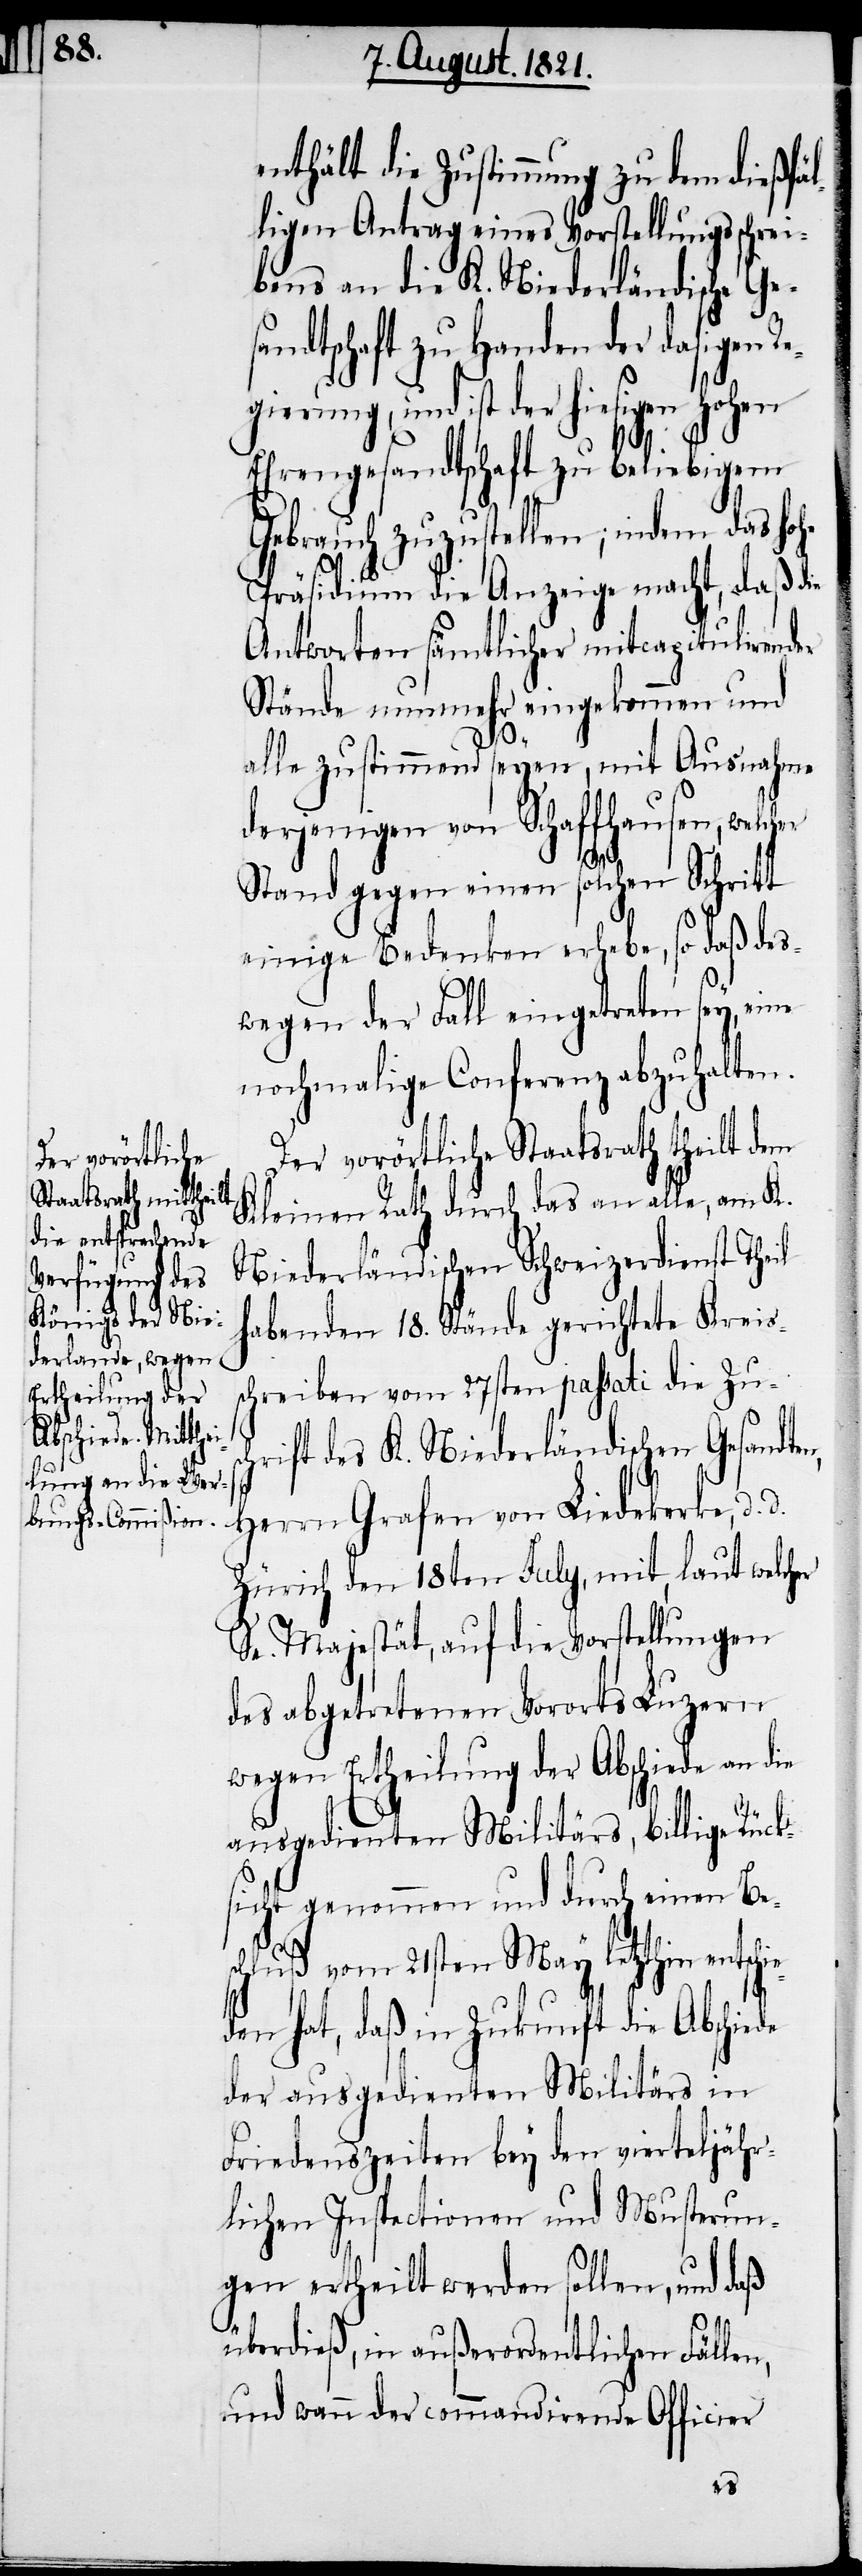
tschie¬

enthält die Zustimmung zu dem dießfäl¬
ligen Antrag eines Vorstellungsschrei¬
bens an die K. Niederländische Ges¬
andtschaft zu Handen der dasigen Re¬
gierung, und ist der hiesigen
Ehrengesandtschaft zu beliebigem
Gebrauch zuzustellen; indem das hohe
Präsidium die Anzeige macht, daß die
Antworten sämtlicher mitcapitulirender
Stände nunmehr eingekommen und
n,
alle zustimmend seyen, mit Ausnahme
derjenigen von Schaffhausen, welcher
Stand gegen einen solchen Schritt
einige Bedenken erhebe, so daß des¬
wegen der Fall eingetreten sey, eine
nochmalige Conferenz abzuhalten.
Der vorörtliche Staatsrath theilt dem
Kleinen Rath durch das an alle, am K.
Niederländischen Schweizerdienst Theil
habenden 18. Stände gerichtete Kreis¬
schreiben vom 27sten passati die Zu¬
hrift des K. Niederländischen Gesandten,
Herrn Grafen von Liedekerke, d.
Zürich den 18ten July, mit, laut welch¬
Se. Majestät, auf die Vorstellungen
des abgetretenen Vororts Luzern
wegen Ertheilung der Abschiede an die
ausgedienten Militärs, billige Rück¬
sicht genommen und durch einen Be¬
hluß vom 21sten May letzthin en¬
den hat, daß in Zukunft die Abschiede
der ausgedienten Militärs in
Friedenszeiten bey den vierteljähr¬
lichen Inspectionen und Musterun¬
gen ertheilt werden sollen, und daß
überdieß, in außerordentlichen Fälle¬
und wann der commandirende Officier
er